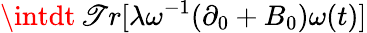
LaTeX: \intdt\, \mathscr{T}r[\lambda\omega^{-1}(\partial_{0}+B_{0})\omega(t)]